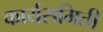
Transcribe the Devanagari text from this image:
कार्यसमिती